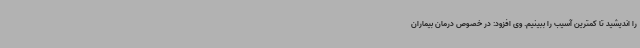
را اندیشید تا کمترین آسیب را ببینیم. وی افزود: در خصوص درمان بیماران